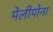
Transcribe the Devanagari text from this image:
मेलीपोना